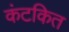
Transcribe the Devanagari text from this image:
कंटकित